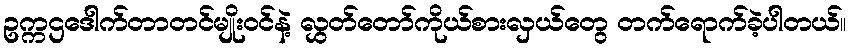
ဥက္ကဌဒေါက်တာတင်မျိုးဝင်နဲ့ လွှတ်တော်ကိုယ်စားလှယ်တွေ တက်ရောက်ခဲ့ပါတယ်။